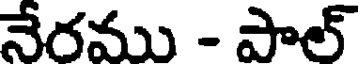
నేరము - పాల్